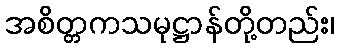
အစိတ္တကသမုဋ္ဌာန်တို့တည်း၊